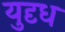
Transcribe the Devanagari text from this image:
युदृध